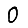
Digit: 0